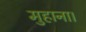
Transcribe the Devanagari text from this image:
मुहाना।